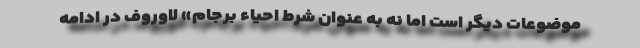
موضوعات دیگر است اما نه به عنوان شرط احیاء برجام» لاوروف در ادامه